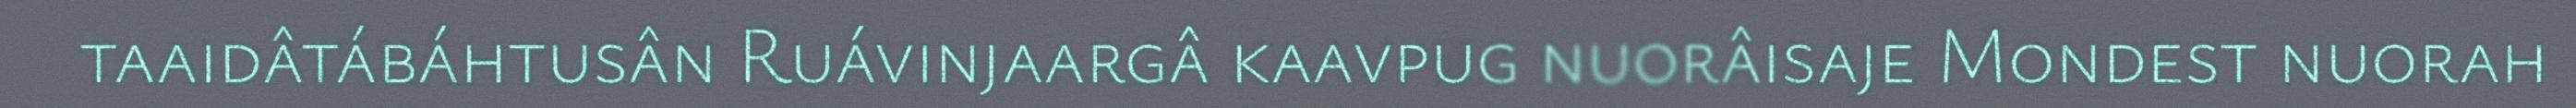
taaidâtábáhtusân Ruávinjaargâ kaavpug nuorâisaje Mondest nuorah